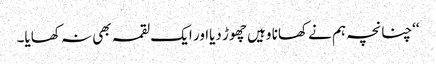
‘‘چنانچہ ہم نے کھانا وہیں چھوڑ دیااور ایک لقمہ بھی نہ کھایا۔